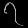
Digit: ၇